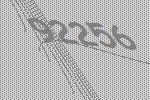
92256